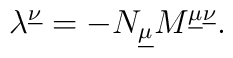
\lambda^{\underline{\nu}} = - N_{\underline{\mu}}M^{\underline{\mu}\underline{\nu}}.